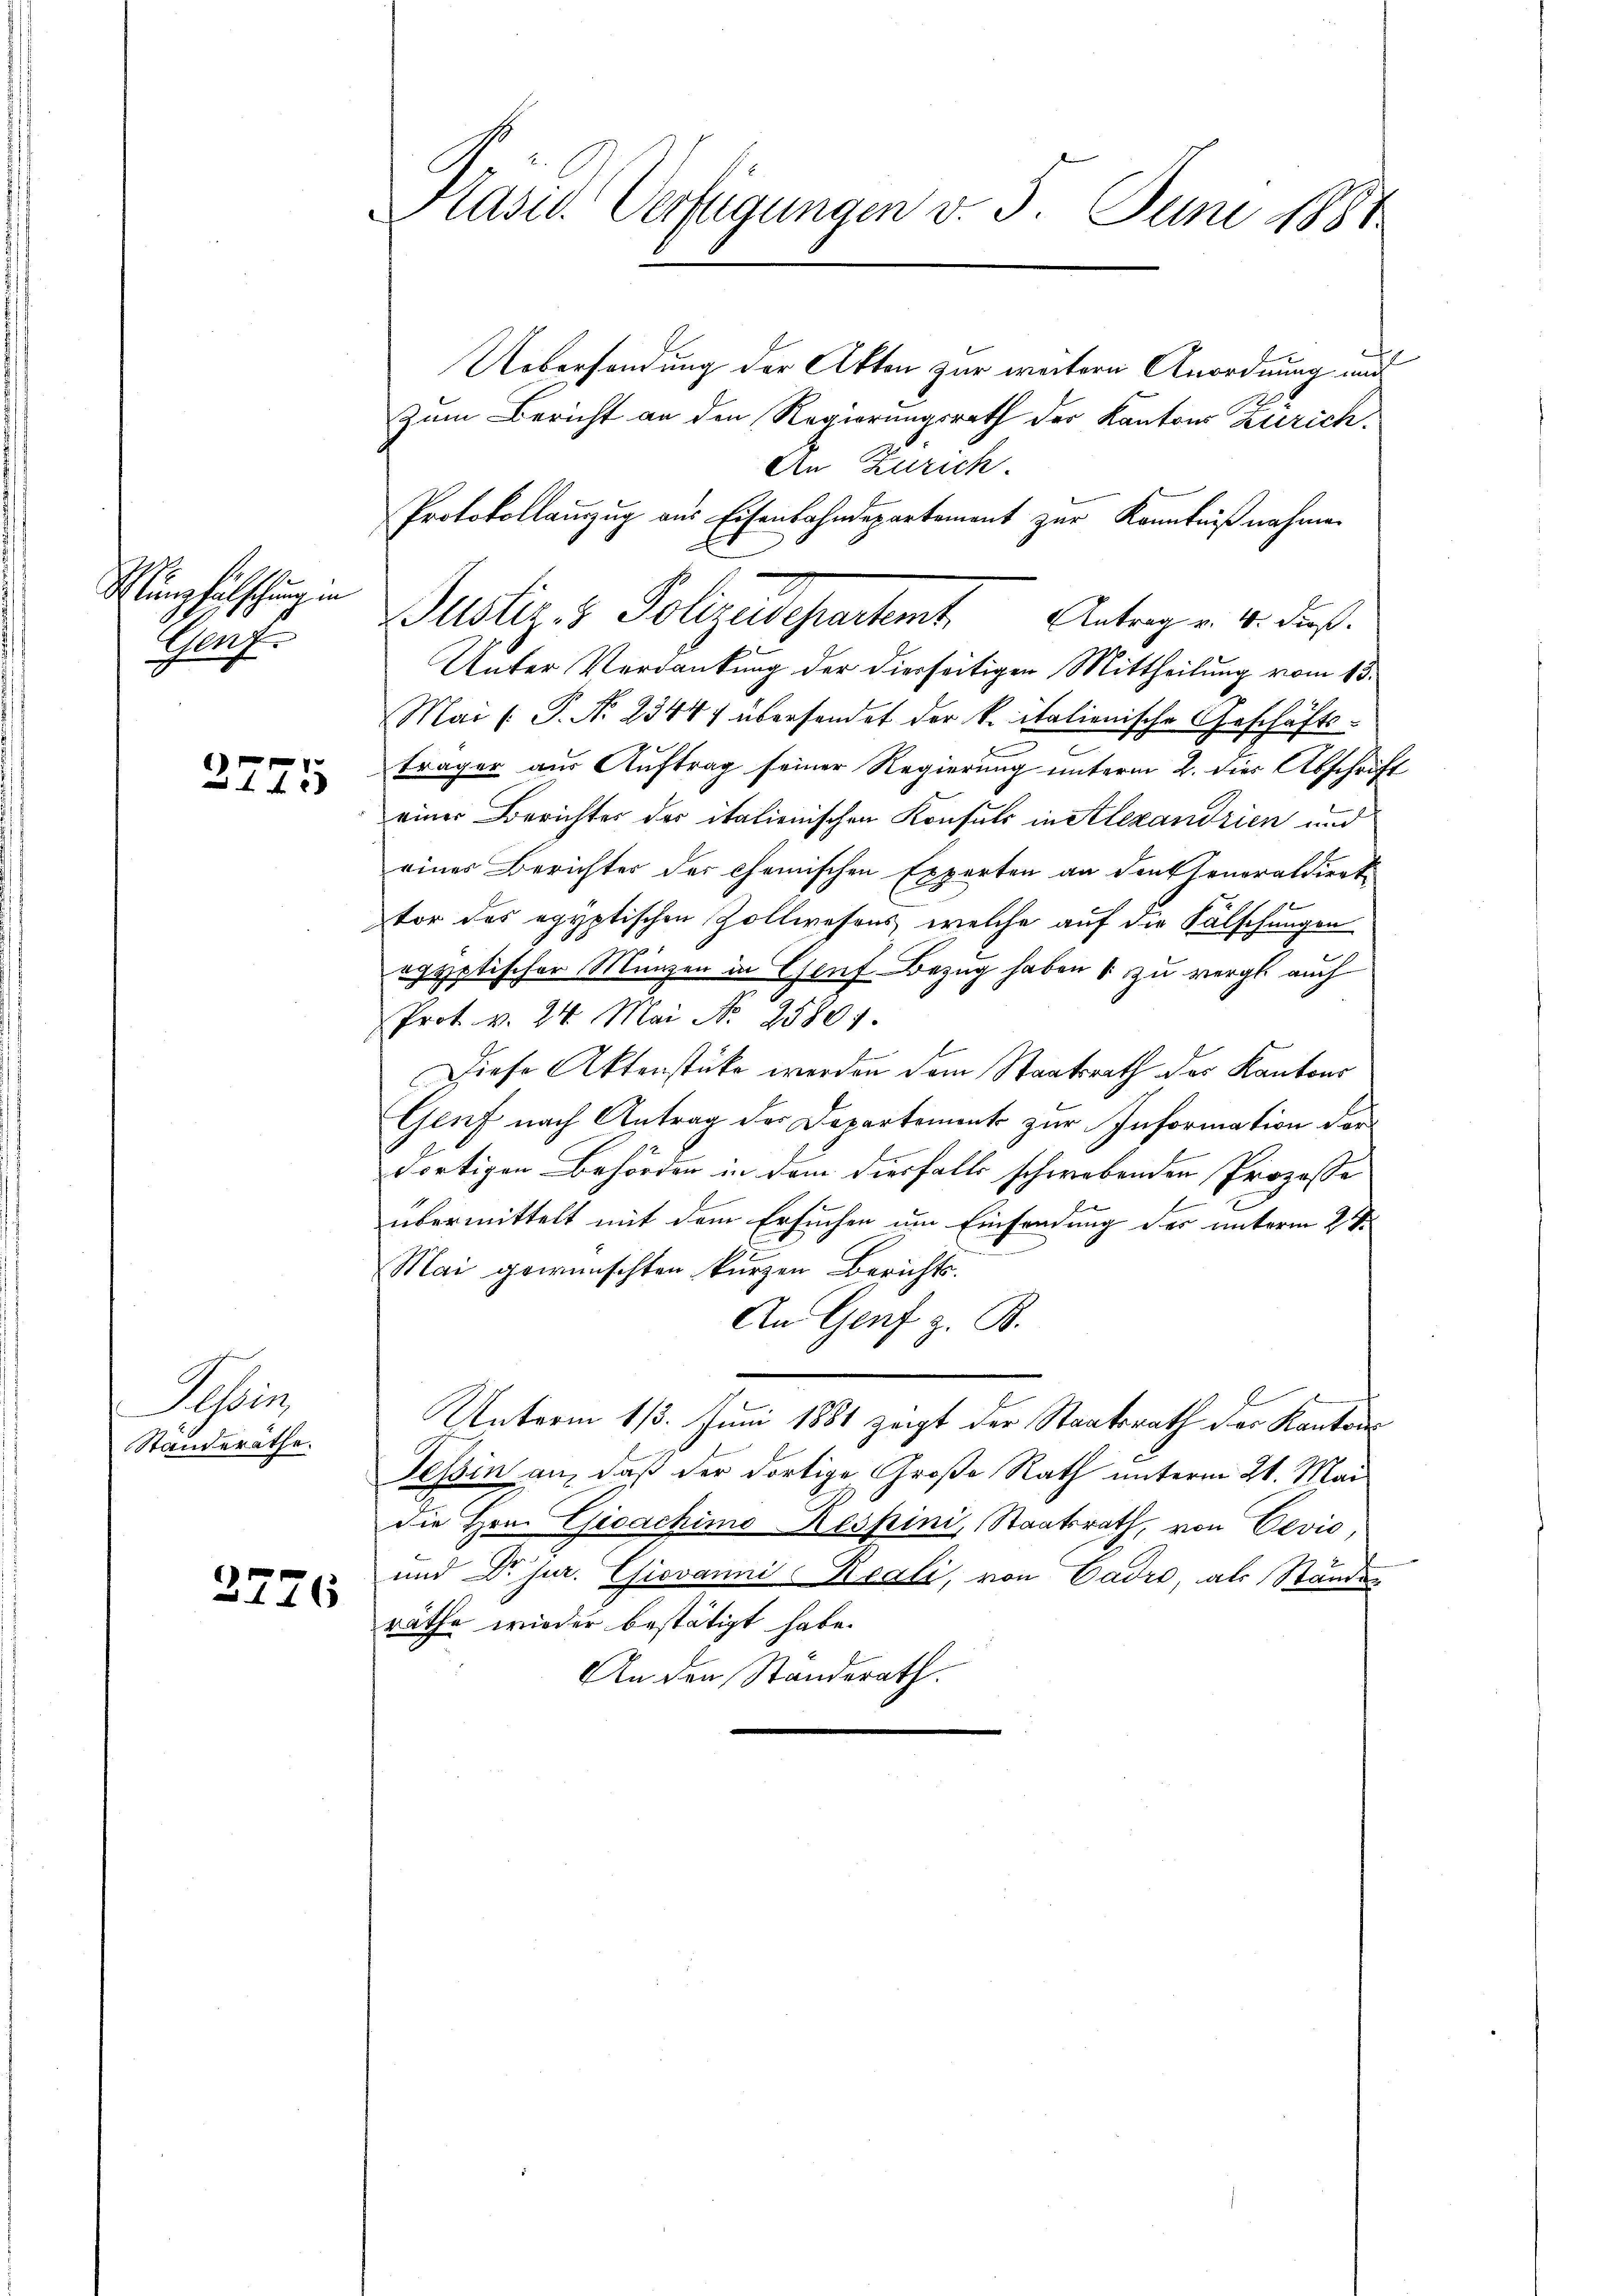
Münzfälschung in
Genf.

3775

Rehbeins
Standerathe.

2776

Präses Verfügungen v. 5. Juni 1881

Uebersendung der Akten zur weitern Anordnung und
Zum Bericht an den Regierungsrath der Kantons Zürich.
An Zürich.
Protokollauszug aus Eisenbahndepartement zur Kenntniß nahmen
Unter Verdankung der diesseitigen Mittheilung vom 13.
Mai l. P. Nr. 23444 übersendet der k. italienische Geschäftsträger aus Auftrag seiner Regierung unterm 2. dies Abschrift
einer Berichtes der italienischen Konsuls in Alexandrien und
eines Berichter der Chemischen Experten an denkeneraldiret
d
tor des egyptischen Zollwesens, welche auf die Fälschungen
egyptischer Münzen in Genf Bezug haben & zu vergl. auch
Prot. v. 24. Mai No 25801.
Diese Aktenstüke werden dem Staatsrath des Kantons
Genf nach Antrag der Departement zur Information der
dortigen Behörden in dem diesfalls schwebenden Prozesse
übermittelt mit dem Ersuchen um Einsendung der unterm 2ten
Mai gewünschten kurzen Berichts
An Genf z. B.
Unterm 13. Juni 1881 zeigt der Staatsrath der Kantons
Tessin an, daß der dortige Große Rath unterm 21. Mai
die Hrn. Gioachimo Respini, Staatsrath, von Devio
und Dr Jur. Giovanni-Boali, von Cadre, als Ständen
räthe wieder bestätigt habe.
An den Standerath.

Justiz- & Polizeidepartet. Antrag v. 4. dies